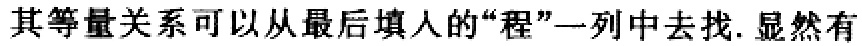
其等量关系可以从最后填人的“程”一列中去找. 显然有